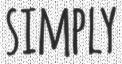
SIMPLY